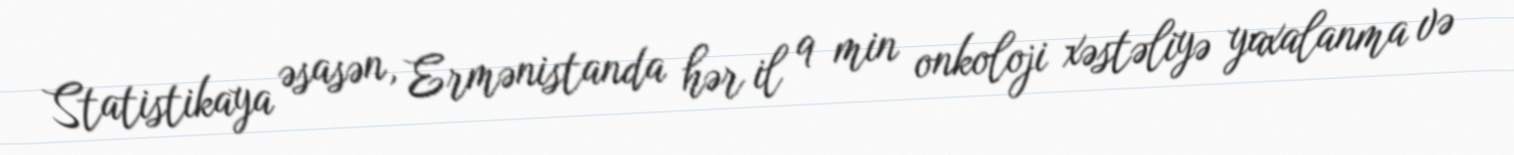
Statistikaya əsasən, Ermənistanda hər il 9 min onkoloji xəstəliyə yaxalanma və